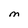
Character: M